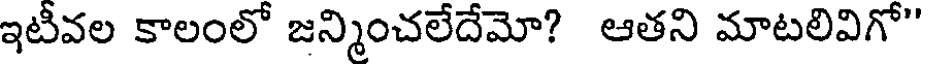
ఇటీవల కాలంలో జన్మించలేదేమో? ఆతని మాటలివిగో"